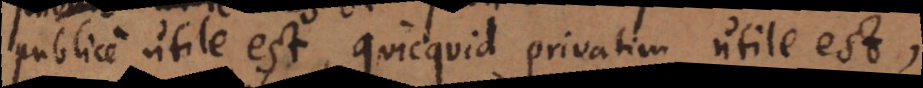
ile est, quicquid privatim utile est.